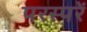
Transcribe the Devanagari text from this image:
परस्परें